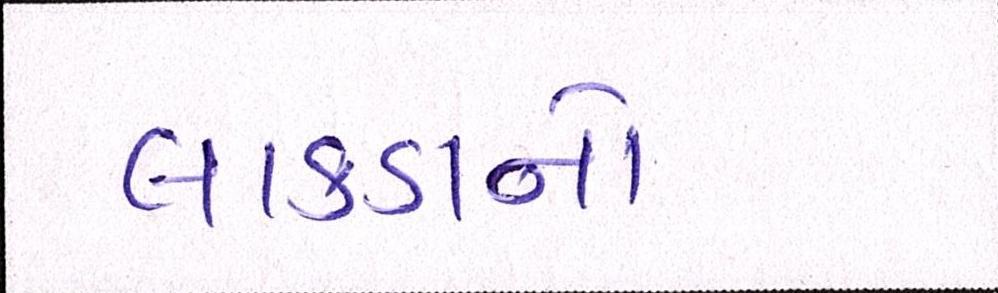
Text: લાકડાનો